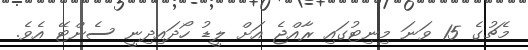
މެޗުގެ 15 ވަނަ މިނިޓުގައި ރާއްޖެ އަށް ލީޑު ހޯދައިދިނީ ސެންޓޭ އެވެ.